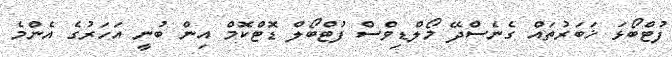
ފުޓްބޯޅަ ޚަބަރުތައް ގެނެސްދޭ މޯލްޑިވްސް ފުޓްބޯލް ޑޮޓްކޮމް އިން ބުނީ އަހަރުގެ އެންމެ